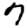
Digit: 7